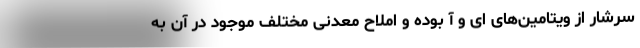
سرشار از ویتامین‌های ای و آ بوده و املاح معدنی مختلف موجود در آن به